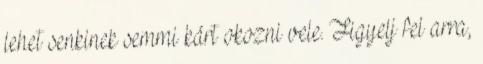
lehet senkinek semmi kárt okozni vele. Figyelj fel arra,